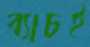
ব্যাচই